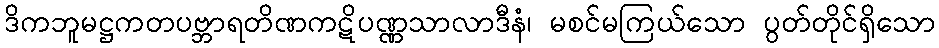
ဒိကဘူမဋ္ဌကတပဗ္ဘာရတိဏကဋိပဏ္ဏသာလာဒီနံ၊ မစင်မကြယ်သော ပွတ်တိုင်ရှိသော